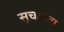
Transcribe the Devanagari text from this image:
सूचकता